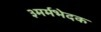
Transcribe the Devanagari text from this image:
३मर्मभेदक